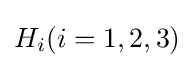
H_{i}(i=1,2,3)